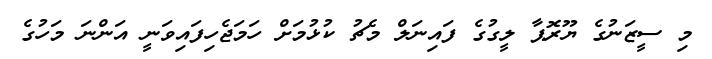
މި ސީޒަނުގެ ޔޫރޮޕާ ލީގުގެ ފައިނަލް މެޗު ކުޅުމަށް ހަމަޖެހިފައިވަނީ އަންނަ މަހުގެ